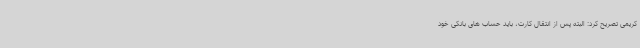
کریمی تصریح کرد: البته پس از انتقال کارت، باید حساب های بانکی خود